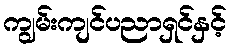
ကျွမ်းကျင်ပညာရှင်နှင့်